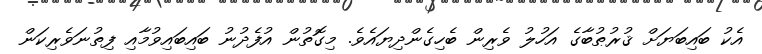
އެކު ބައިބަޔަށް ޤުރުޠުބާގެ އަހުލު ވެރިން ބެހިގެންދިޔައެވެ. މިގޮތުން އުފެދުނު ބައިބައިވުމާއި ފިތުނަވެރިކަން